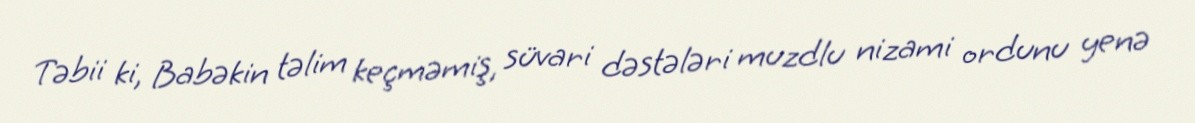
Təbii ki, Babəkin təlim keçməmiş, süvari dəstələri muzdlu nizami ordunu yenə